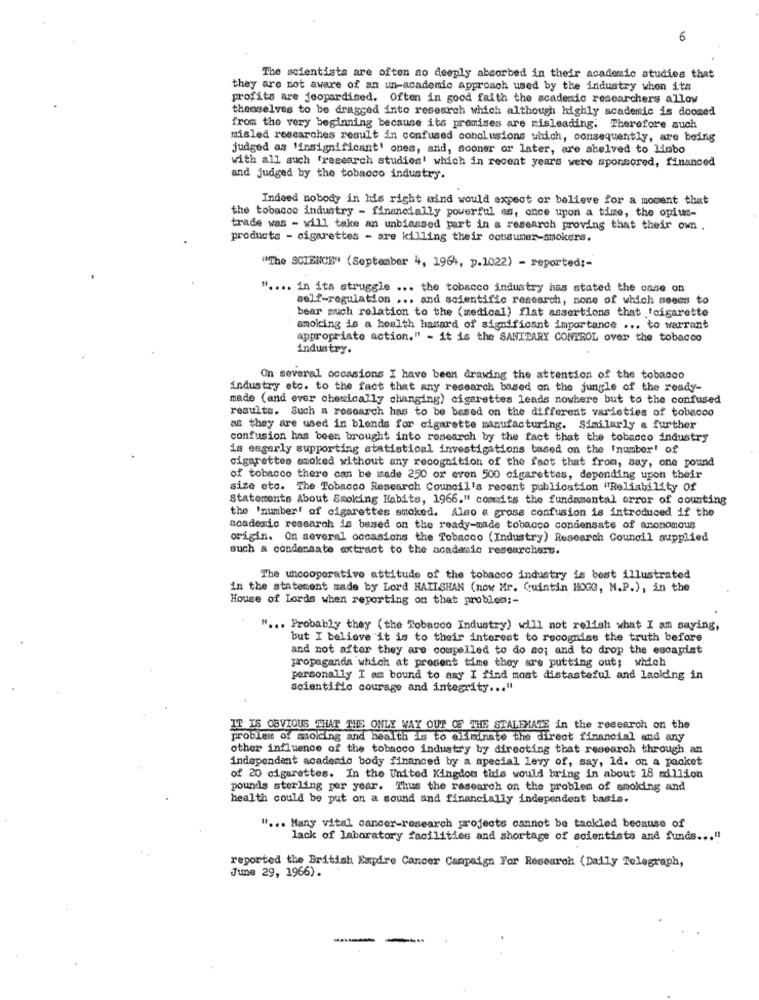
6
The scientists are often so deeply absorbed in their academic studies that
they are not aware of an un-academic approach used by the industry when its
profits are jeopardised. Often in good faith the academic researchers allov
themselves to be dragged into research which although highly academic is doomed
from the very beginning because its promises are misleading. Therefore such
misled researches result in confused conclusions which, consequently, are being
judged as 'insignificant' ones, and, sooner or later, are shelved to limbo
with all such 'research studies' which in recent years were sponsored, financed
and judged by the tobacco industry.
Indeed nobody in his right mind would expect or believe for a moment that
the tobacco industry - financially powerful es, once upon a time, the opius-
trade was - will take an unbiassed part in a research proving that their own
products - cigarettes - are killing their consumer-smokers.
"The SCIENCE" (September 4, 1964, p.1022) - reported :-
" .... in its struggle ... the tobacco industry has stated the case on
self-regulation ... and scientific research, none of which seems to
bear much relation to the (medical) flat assertions that !cigarette
smolcing is a health hasard of significant importance ... to warrant
appropriate action." - it is the SANITARY CONTROL over the tobacco
industry.
On several occasions I have been drawing the attention of the tobacco
industry etc. to the fact that any research based on the jungle of the ready-
made (and ever chesically changing) cigarettes leads nowhere but to the confused
results. Such a research has to be based on the different varieties of tobacco
as they are used in blonds for cigarette manufacturing. Similarly a further
confusion has been brought into research by the fact that the tobacco industry
is eagerly supporting statistical investigations based on the 'number! of
cigarettes smoked without any recognition of the fact that from, say, one pound
of tobacco there can be made 250 or even 500 cigarettes, depending upon their
size eto. The Tobacco Research Council's recent publication "Reliability Of
Statements About Smoking Habits, 1966." comeits the fundamental error of counting
the 'number' of cigarettes stoked. Also a gross confusion is introduced if the
academic research is based on the ready-made tobacco condensate of anonomous
origin. On several occasions the Tobacco (Industry) Research Council supplied
such a condensate extract to the academic researchers.
The uncooperative attitude of the tobacco industry is best illustrated
in the statement made by Lord HATISHAN (now Mr. Quintin HOGG, M.P.), in the
House of Lords when reporting on that problem :-
" .. . Probably they ( the Tobacco Industry) will not relish what I am saying,
but I believe it is to their interest to recognise the truth before
and not after they are compelled to do ao; and to drop the escapist
propaganda which at prosent time they are putting out; which
personally I am bound to asy I find most distasteful and lacking in
scientific courage and integrity ... "
IT IS OBVIOUS THAT THE ONLY WAY OUT OF THE STALEMATE in the research on the
problem of smoking and health Is to e minate the direct financial and any
other influence of the tobacco industry by directing that research through an
independent academio body financed by a special levy of, say, 1d. on a packet
of 20 cigarettes. In the United Kingdom this would bring in about 18 million
pounds sterling per year. Thus the research on the problem of smoking and
health could be put on a sound and financially independent basis.
" ... Many vital cancer-research projects cannot be tackled because of
lack of laboratory facilities and shortage of scientists and funds ... "
June 29, 1966).
reported the British Empire Cancer Campaign For Research (Daily Telegraph,
-